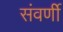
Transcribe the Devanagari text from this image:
संवर्णी